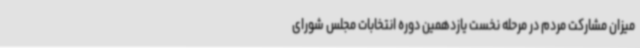
میزان مشارکت مردم در مرحله نخست یازدهمین دوره انتخابات مجلس شورای